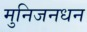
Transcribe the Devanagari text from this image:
मुनिजनधन